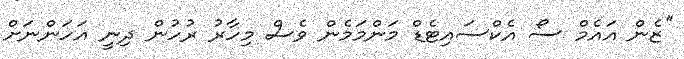
''ޒެން އައެމް ސޯ އެކްސައިޓެޑް މަންމަމެން ވެސް މިހާރު ރުހުން ދިނީ އަހަންނަށް